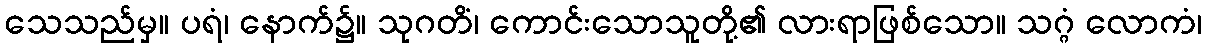
သေသည်မှ။ ပရံ၊ နောက်၌။ သုဂတိံ၊ ကောင်းသောသူတို့၏ လားရာဖြစ်သော။ သဂ္ဂံ လောကံ၊